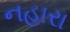
નહારા